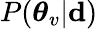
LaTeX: P(\boldsymbol{\theta}_{v}|\mathbf{d})